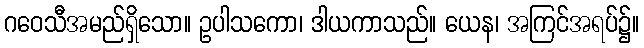
ဂဝေသီအမည်ရှိသော။ ဥပါသကော၊ ဒါယကာသည်။ ယေန၊ အကြင်အရပ်၌။